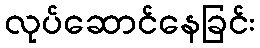
လုပ်ဆောင်နေခြင်း